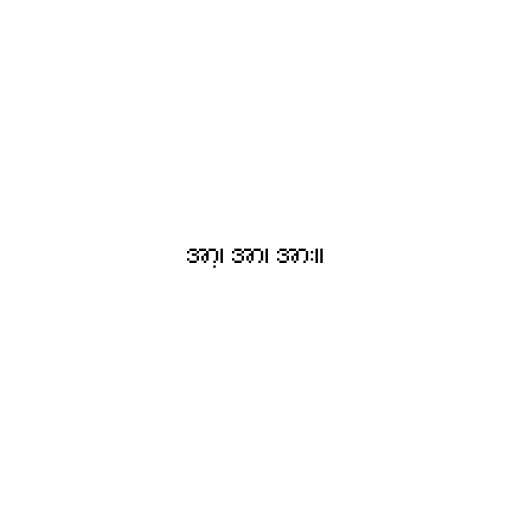
အာ့၊ အာ၊ အား။